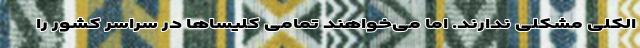
الکلی مشکلی ندارند. اما می‌خواهند تمامی کلیساها در سراسر کشور را